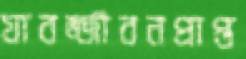
যাবজ্জীবনপ্রাপ্ত